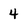
Character: 4